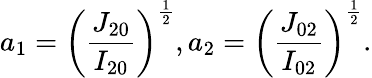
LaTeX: {a_{1}}={\left({\frac{{{J_{20}}}}{{{I_{20}}}}}\right)^{\frac{1}{2}}},{a_{2}}={\left({\frac{{{J_{02}}}}{{{I_{02}}}}}\right)^{\frac{1}{2}}}.